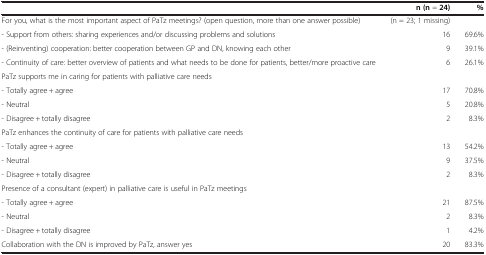
<table><thead><tr><td><b> </b></td><td><b>n (n = 24)</b></td><td><b>%</b></td></tr></thead><tbody><tr><td>For you, what is the most important aspect of PaTz meetings? (open question, more than one answer possible)</td><td>(n = 23; 1 missing)</td><td> </td></tr><tr><td>- Support from others: sharing experiences and/or discussing problems and solutions</td><td>16</td><td>69.6%</td></tr><tr><td>- (Reinventing) cooperation: better cooperation between GP and DN, knowing each other</td><td>9</td><td>39.1%</td></tr><tr><td>- Continuity of care: better overview of patients and what needs to be done for patients, better/more proactive care</td><td>6</td><td>26.1%</td></tr><tr><td>PaTz supports me in caring for patients with palliative care needs</td><td> </td><td> </td></tr><tr><td>- Totally agree + agree</td><td>17</td><td>70.8%</td></tr><tr><td>- Neutral</td><td>5</td><td>20.8%</td></tr><tr><td>- Disagree + totally disagree</td><td>2</td><td>8.3%</td></tr><tr><td>PaTz enhances the continuity of care for patients with palliative care needs</td><td> </td><td> </td></tr><tr><td>- Totally agree + agree</td><td>13</td><td>54.2%</td></tr><tr><td>- Neutral</td><td>9</td><td>37.5%</td></tr><tr><td>- Disagree + totally disagree</td><td>2</td><td>8.3%</td></tr><tr><td>Presence of a consultant (expert) in palliative care is useful in PaTz meetings</td><td> </td><td> </td></tr><tr><td>- Totally agree + agree</td><td>21</td><td>87.5%</td></tr><tr><td>- Neutral</td><td>2</td><td>8.3%</td></tr><tr><td>- Disagree + totally disagree</td><td>1</td><td>4.2%</td></tr><tr><td>Collaboration with the DN is improved by PaTz, answer yes</td><td>20</td><td>83.3%</td></tr></tbody></table>